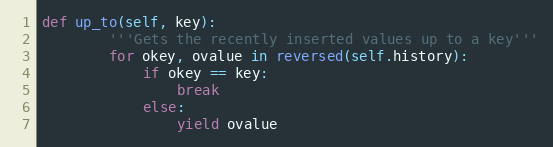
Language: Python
def up_to(self, key):
        '''Gets the recently inserted values up to a key'''
        for okey, ovalue in reversed(self.history):
            if okey == key:
                break
            else:
                yield ovalue